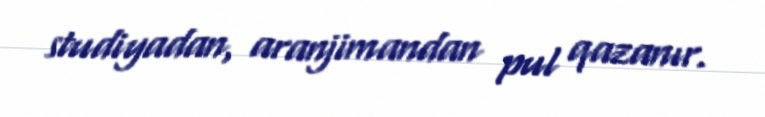
studiyadan, aranjimandan pul qazanır.